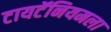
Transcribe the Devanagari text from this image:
टायटॅनियमला